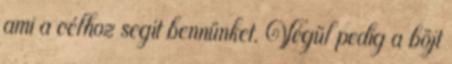
ami a célhoz segít bennünket. Végül pedig a böjt